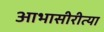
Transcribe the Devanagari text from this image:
आभासीरीत्या